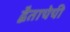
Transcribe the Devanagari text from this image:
द्वैताचेची